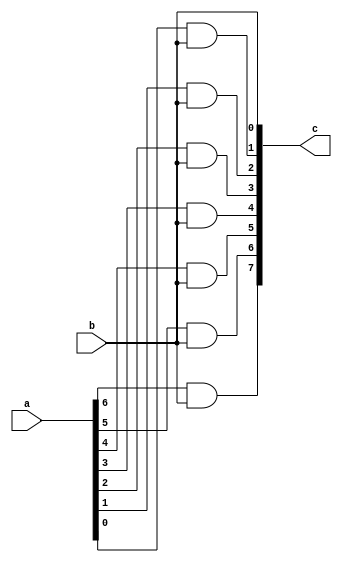
module rom_7(                                           //       
             a,                                         // Right shift   1bit 1  memory_addrss  rom
             b,
             c
);
    
parameter               
                        D=8                          // D : Data width                  
;      

input wire [D-1:0] a
;
input wire b
;                  
output wire [D-1:0]c
;
assign c[7]= a[6] & b;
assign c[6]= a[5] & b;
assign c[5]= a[4] & b;
assign c[4]= a[3] & b;
assign c[3]= a[2] & b;
assign c[2]= a[1] & b;
assign c[1]= a[0] & b;
assign c[0]= b;
endmodule